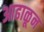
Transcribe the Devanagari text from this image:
आढाळून